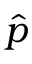
\hat { p }